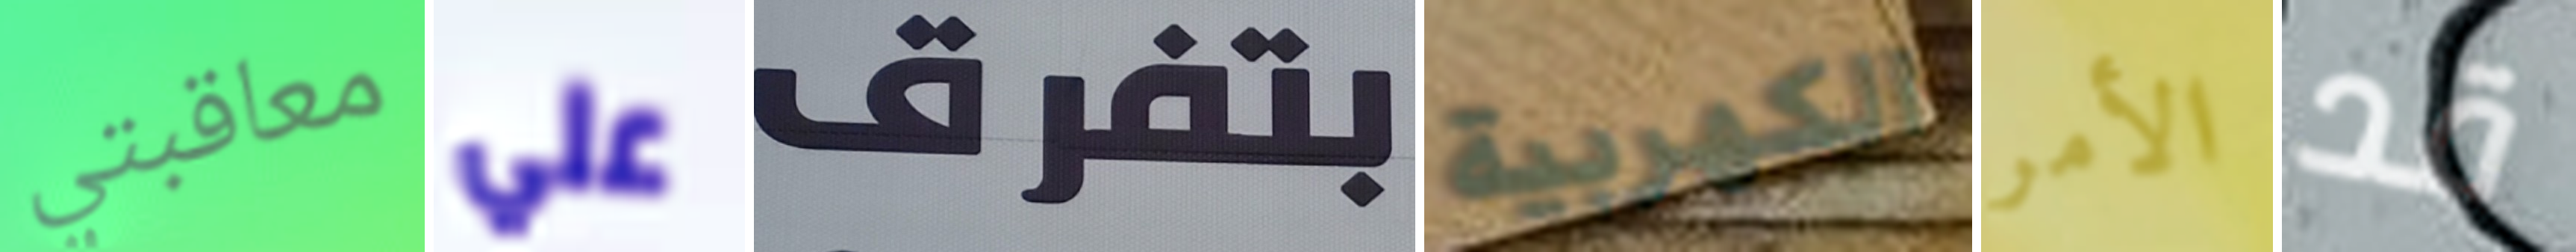
معاقبتي علي بتفرق الكهربية الأمر قد